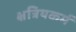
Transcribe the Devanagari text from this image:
क्षत्रियकर्म